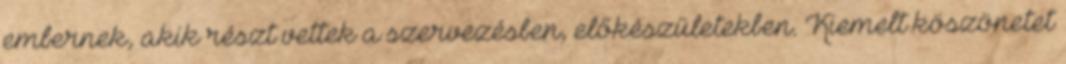
embernek, akik részt vettek a szervezésben, előkészületekben. Kiemelt köszönetet